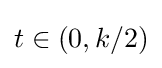
{\textstyle t\in (0,k/2)}